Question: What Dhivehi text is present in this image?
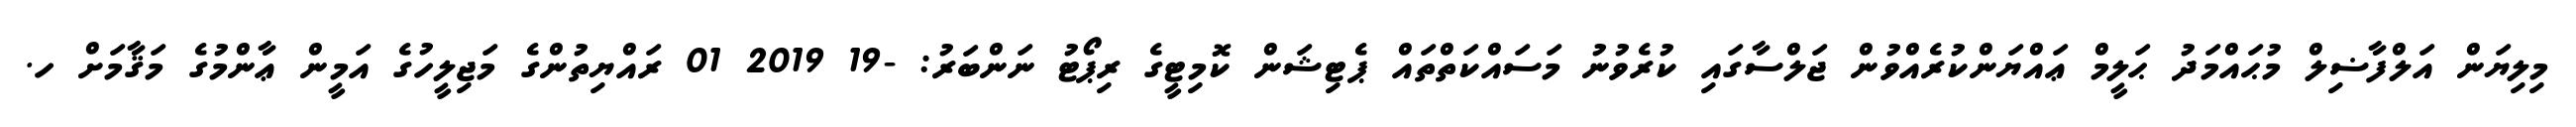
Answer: މިލިޔަން އަލްފާޟިލް މުޙައްމަދު ޙަލީމް ޢައްޔަންކުރެއްވުން ޖަލްސާގައި ކުރެވުނު މަސައްކަތްތައް ޕެޓިޝަން ކޮމިޓީގެ ރިޕޯޓު ނަންބަރު: -19 2019 01 ރައްޔިތުންގެ މަޖިލީހުގެ އަމީން ޢާންމުގެ މަޤާމަށް ހ.